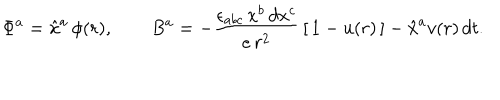
\Phi ^ { a } = \hat { x } ^ { a } \, \phi ( r ) , \qquad B ^ { a } = - \frac { \epsilon _ { a b c } \, x ^ { b } \, d x ^ { c } } { e \, r ^ { 2 } } \, [ \, 1 - u ( r ) \, ] - \hat { x } ^ { a } v ( r ) \, d t .